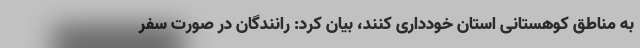
به مناطق کوهستانی استان خودداری کنند، بیان کرد: رانندگان در صورت سفر